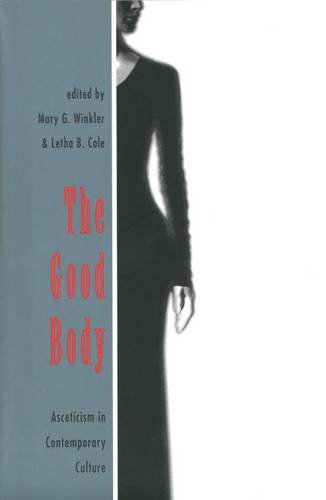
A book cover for The Good Body: Asceticism in Contemporary Culture; Health, Fitness & Dieting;